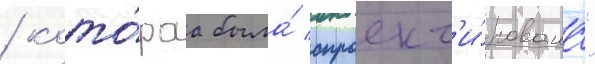
/ кото́раа была́ спроект'и́рована"